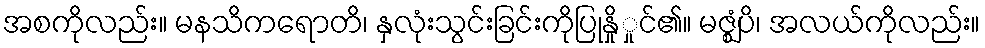
အစကိုလည်း။ မနသိကရောတိ၊ နှလုံးသွင်းခြင်းကိုပြုနှိုှုင်၏။ မဇ္ဈံပိ၊ အလယ်ကိုလည်း။